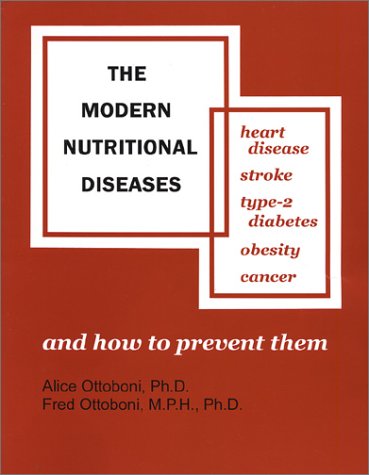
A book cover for The Modern Nutritional Diseases: And How to Prevent Them : Heart Disease, Stroke, Type-2 Diabetes, Obesity, Cancer; Fred Ottoboni; Health, Fitness & Dieting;